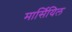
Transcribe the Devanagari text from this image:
मार्सियिल